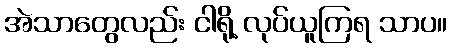
အဲသာတွေလည်း ငါရို့ လုပ်ယူကြရ သာပ။